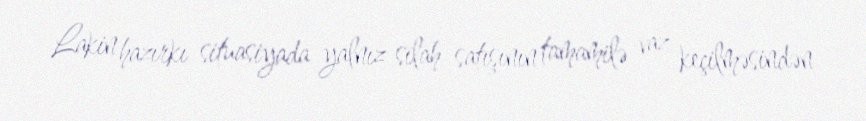
Lakin hazırkı situasiyada yalnız silah satışının tamamilə vaz keçilməsindən